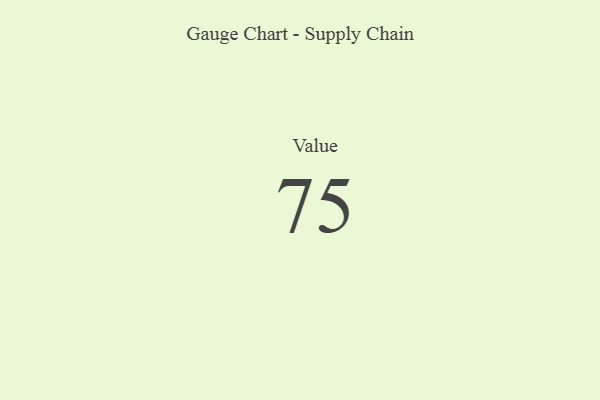
{"axis": {"x": "Metric", "y": "Value"}, "legend": [""], "data": [{"x": "Value", "y": 75, "type": ""}]}